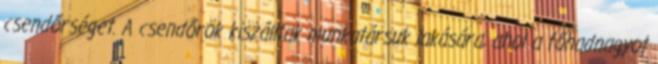
csendőrséget. A csendőrök kiszálltak munkatársuk lakására, ahol a főhadnagyot